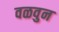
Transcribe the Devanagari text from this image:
वळवुन